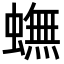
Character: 蟱